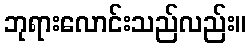
ဘုရားလောင်းသည်လည်း။